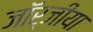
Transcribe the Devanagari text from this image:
जॉर्जीया